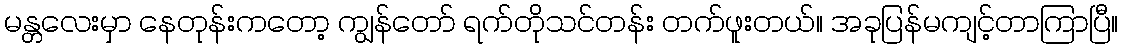
မန္တလေးမှာ နေတုန်းကတော့ ကျွန်တော် ရက်တိုသင်တန်း တက်ဖူးတယ်။ အခုပြန်မကျင့်တာကြာပြီ။